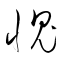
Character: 愧